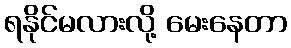
ရနိုင်မလားလို့ မေးနေတာ